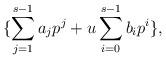
LaTeX: \begin{align*}\{\sum_{j=1}^{s-1}a_jp^j+u\sum_{i=0}^{s-1}b_ip^i\},\end{align*}